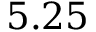
5 . 2 5